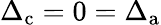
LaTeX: \Delta_{\mathrm{c}}=0=\Delta_{\mathrm{a}}